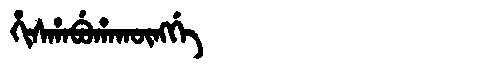
Manchu: ᡥᡳᠰᡥᠠᠪᡠᡥᠠᡴᡡᠩᡤᡝ
Romanization: HISHABUHAKŪNGGE